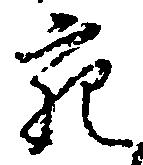
充